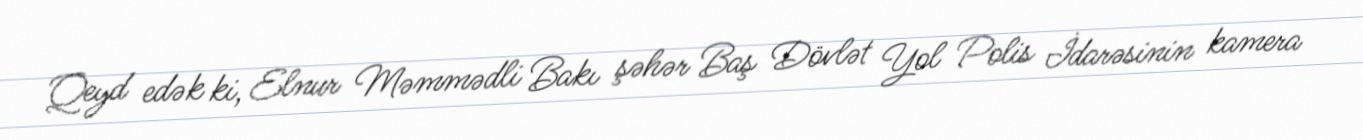
Qeyd edək ki, Elnur Məmmədli Bakı şəhər Baş Dövlət Yol Polis İdarəsinin kamera